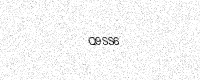
Text: Q9SS6